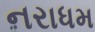
નરાધમ